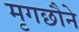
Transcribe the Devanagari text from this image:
मृगछौने